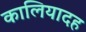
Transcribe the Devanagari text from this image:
कालियादह